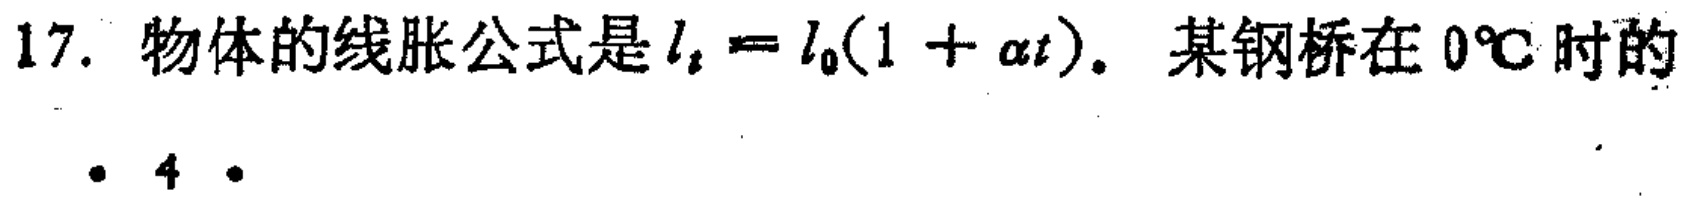
17. 物体的线胀公式是\(l_{t}=l_{0}(1 + \alpha t)\)。某钢桥在 \(0^{\circ}C\) 时的
\cdot 4 \cdot